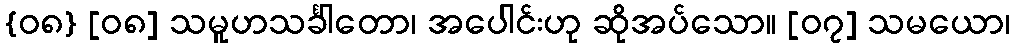
{၀၈} [၀၈] သမူဟသင်္ခါတော၊ အပေါင်းဟု ဆိုအပ်သော။ [၀၇] သမယော၊